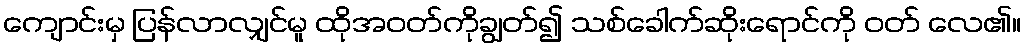
ကျောင်းမှ ပြန်လာလျှင်မူ ထိုအဝတ်ကိုချွတ်၍ သစ်ခေါက်ဆိုးရောင်ကို ဝတ် လေ၏။